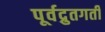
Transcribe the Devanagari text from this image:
पूर्वद्रुतगती